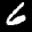
Label: 6